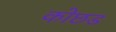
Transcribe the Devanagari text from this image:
कोछड